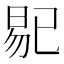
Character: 𱢅